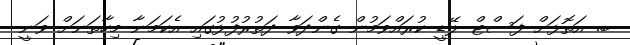
ބ. އަތޮޅަށް ފަސްޓް ލޭޑީ ކުރައްވަމުން ގެންދަވާ ދަތުރުފުޅުގައި އެކަމަނާ މިހާތަނަށް ވަނީ